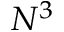
N ^ { 3 }